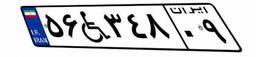
۵۶W۳۴۸۰۹